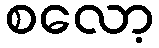
စလော့